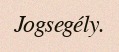
Jogsegély.